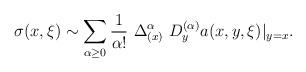
LaTeX: \begin{align*} \sigma(x,\xi) \sim \sum_{\alpha\geq 0 } \frac{1}{\alpha!} \ \Delta_{(x)}^{\alpha} \ D_y^{(\alpha)} a(x,y,\xi)|_{y=x}.\end{align*}